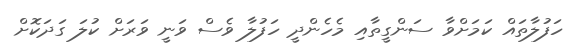
ހަފުލާތައް ކަމަށްވާ ސަންގީތާއި މެހެންދީ ހަފުލާ ވެސް ވަނީ ވަރަށް ކުލަ ގަދަކޮށް